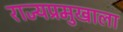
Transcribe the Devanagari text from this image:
राज्यप्रमुखाला